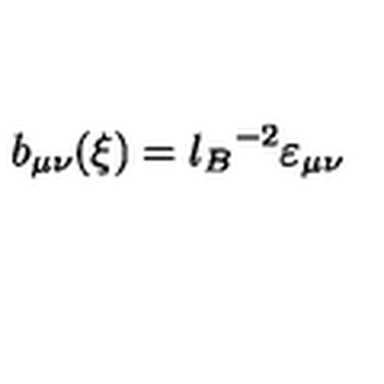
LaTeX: b _ { \mu \nu } ( \xi ) = { l _ { B } } ^ { - 2 } \varepsilon _ { \mu \nu }